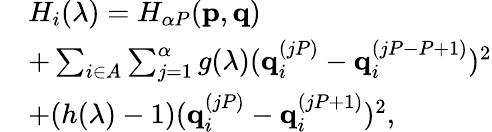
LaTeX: \begin{array}{rl}&{H_{i}(\lambda)=H_{\alpha P}(\mathbf{p},\mathbf{q})}\\ &{+\sum_{i\in A}\sum_{j=1}^{\alpha}g(\lambda)(\textbf{q}_{i}^{(jP)}-\textbf{q}_{i}^{(jP-P+1)})^{2}}\\ &{+(h(\lambda)-1)(\textbf{q}_{i}^{(jP)}-\textbf{q}_{i}^{(jP+1)})^{2},}\end{array}